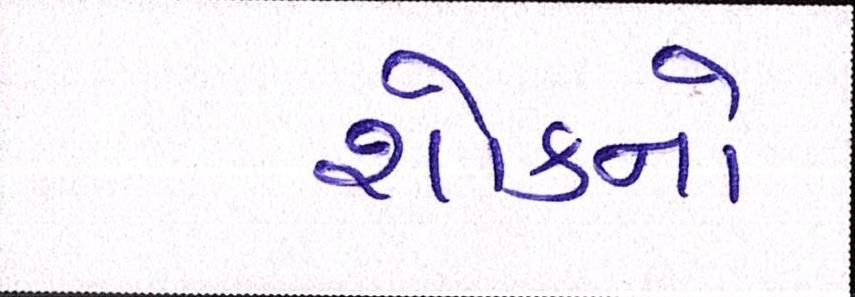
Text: શોકનો